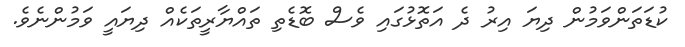
ކުޑަތަންވަމުން ދިޔަ އިރު ދެ އަތޮޅުގައި ވެސް ބޮޑެތި ތައްޔާރީތަކެއް ދިޔައީ ވަމުންނެވެ.